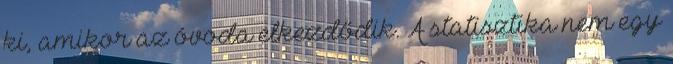
ki, amikor az óvoda elkezdődik. A statisztika nem egy